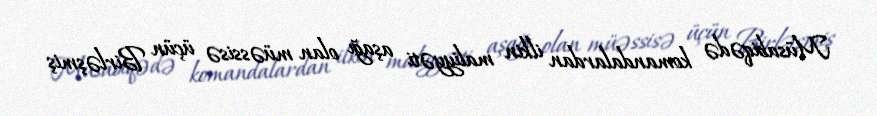
Müsabiqədə komandalardan ilkin maliyyəti aşağı olan müəssisə üçün Birləşmiş